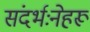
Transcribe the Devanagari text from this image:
संदर्भःनेहरू